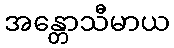
အန္တောသီမာယ